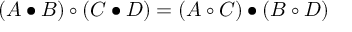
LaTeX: ( A \bullet B ) \circ ( C \bullet D ) = ( A \circ C ) \bullet ( B \circ D )